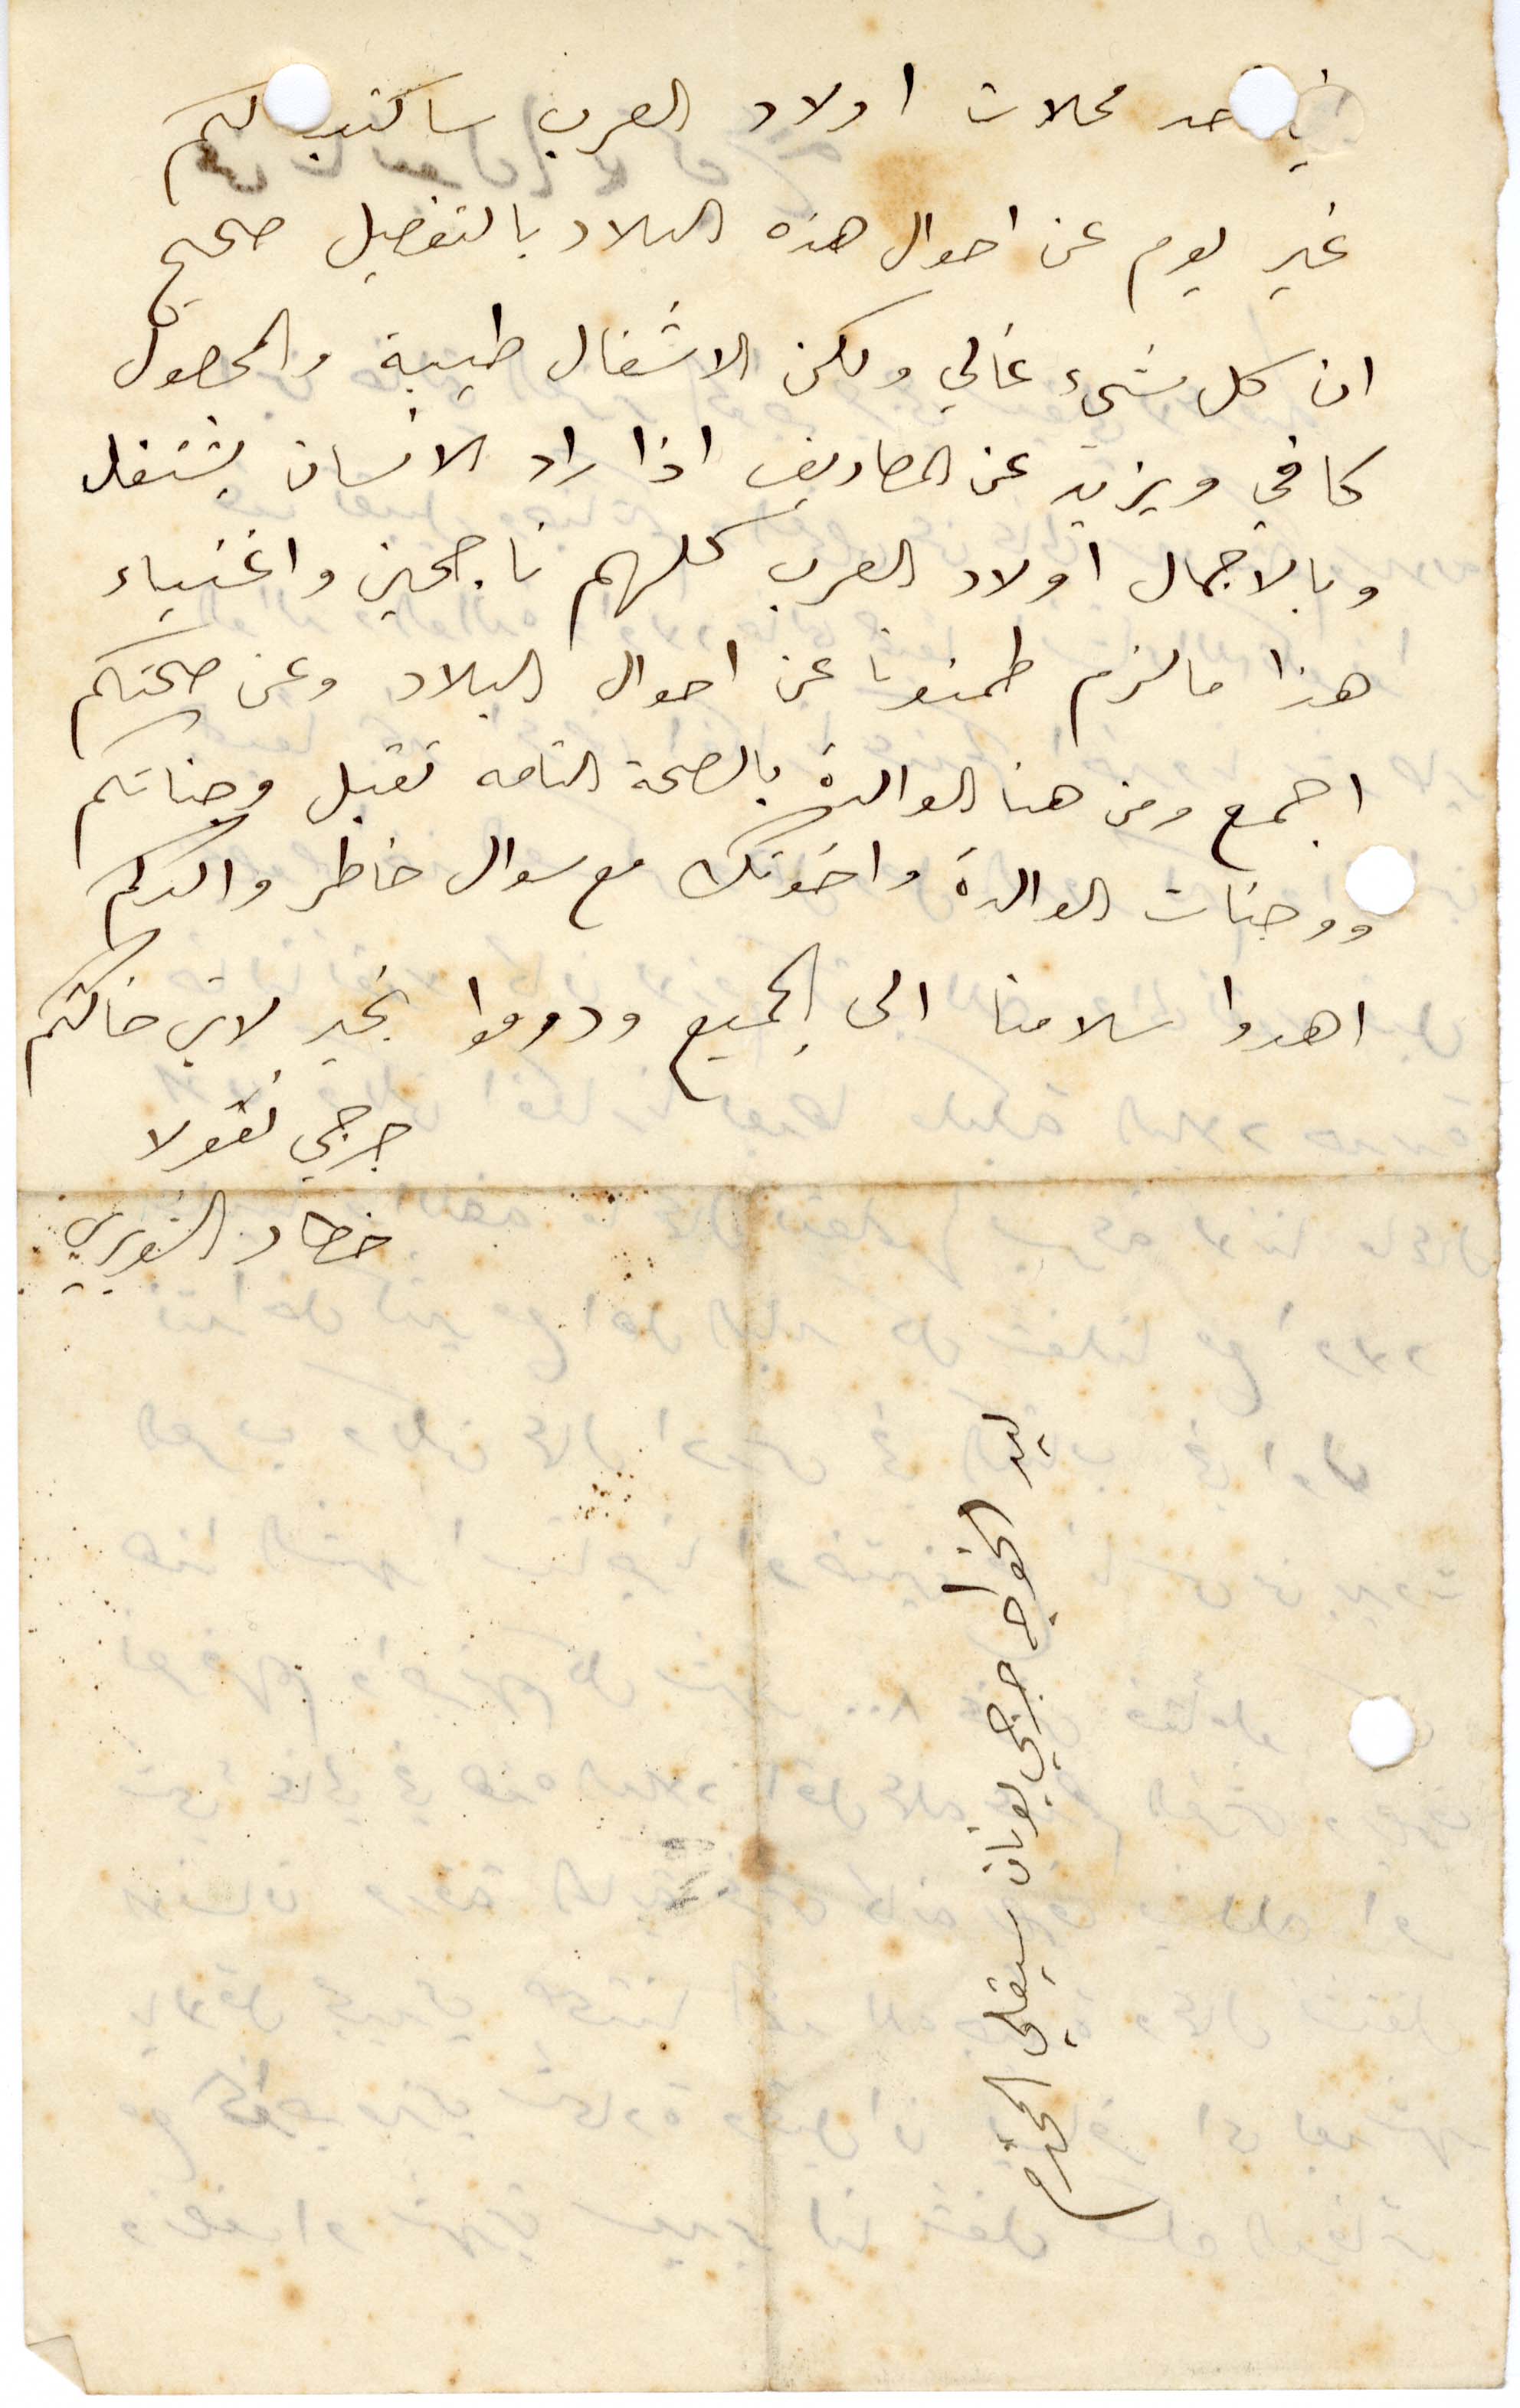
في احد محلات ولاد العرب ساكتب لكم
غير يوم عن أحوال هذه البلاد بالتفصيل صحيح
ان كل شيء غالي ولكن الاشغال طيبة والمحصول
كافي ويزيد عن المصاريف اذا راد الانسان يشتغل
وبالاجمال أولاد العرب كلهم ناجحين واغنياء
هذا ما لزم طمنونا عن أحوال البلاد وعن صحتكم
اجمع ومن هنا الوالدة بالصحة التامة تقبل وجناتكم
ووجنات الوالدة واخوتك مع سوال خاطر والدكم
اهدوا سلامنا الى الجميع ودوموا بخير لابن خالتكم
جرجي نقولا
خطار الشويري